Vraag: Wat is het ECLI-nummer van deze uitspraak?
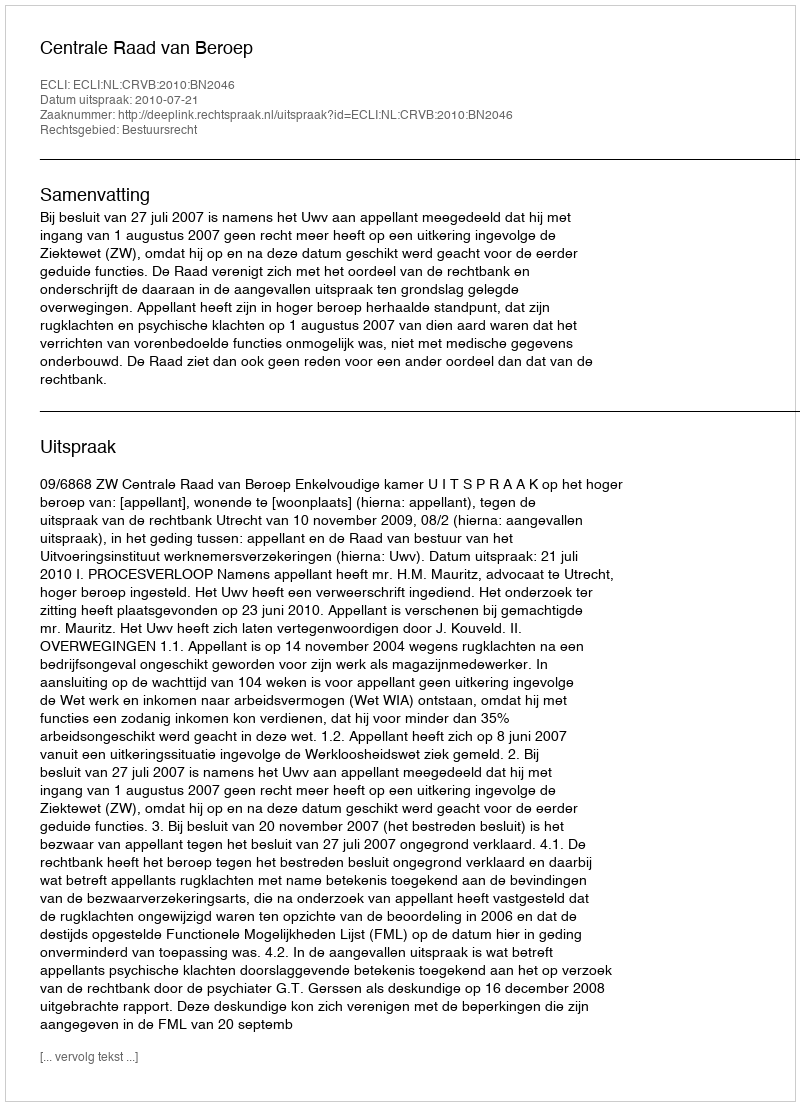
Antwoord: ECLI:NL:CRVB:2010:BN2046